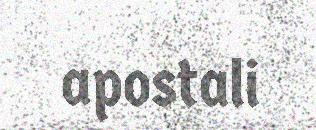
apostali